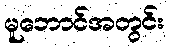
မူဘောင်အတွင်း